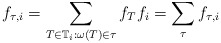
\begin{align*}f_{\tau,i} = \sum_{T \in \mathbb T_i : \omega(T) \in \tau} f_{T} f_i = \sum_{\tau} f_{\tau,i}\end{align*}